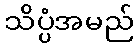
သိပ္ပံအမည်